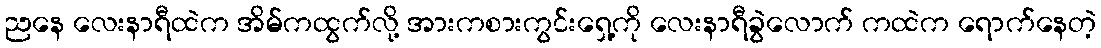
ညနေ လေးနာရီထဲက အိမ်ကထွက်လို့ အားကစားကွင်းရှေ့ကို လေးနာရီခွဲလောက် ကထဲက ရောက်နေတဲ့